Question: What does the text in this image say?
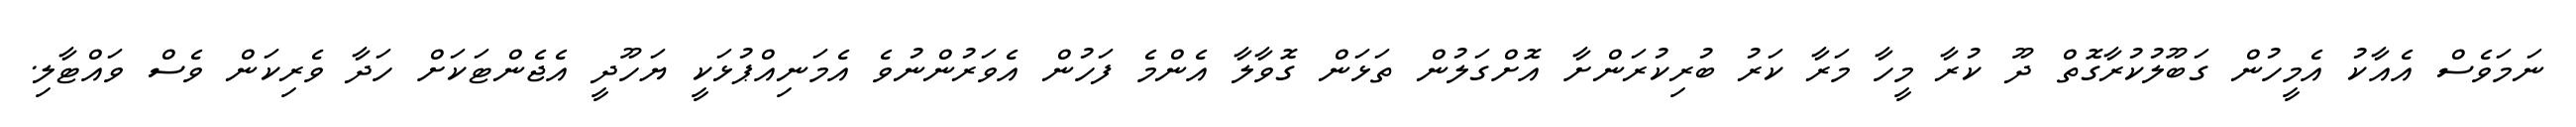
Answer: ނަމަވެސް އެއާކު އެމީހުން ގަބޫލުކުރާގޮތް ދޫ ކުރާ މީހާ މަރާ ކަރު ބުރިކުރަންށާ އޮށްގަލުން ތަޅަން ގޮވާލާ އެންމެ ފަހުން އެވަރުންނުވެ އެމަނިއްޕުޅަކީ ޔަހޫދީ އެޖެންޓަކަށް ހަދާ ވެރިކަން ވެސް ވައްޓާލި.